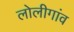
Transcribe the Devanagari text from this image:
लोलीगांव